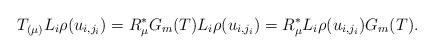
LaTeX: \begin{align*}T_{(\mu)} L_{i} \rho(u_{i, j_i})& =R_\mu^* G_m(T) L_{i} \rho(u_{i, j_i})=R_\mu^* L_{i} \rho(u_{i, j_i}) G_m(T).\end{align*}